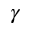
\gamma